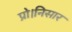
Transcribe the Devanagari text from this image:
प्रो।निसार